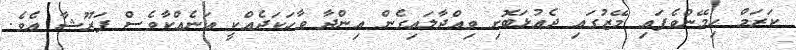
ކަރަމް ހިމޭންވެފައި މޭޒުގައި ދެއުޅަބޮށި ވިއްދާލައިގެން އިންދާ ވާހަކަދެއްކީ އަނެއްކާވެސް ފަރޫޝާ އެވެ.